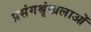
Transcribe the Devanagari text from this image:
प्रसंगश्रृंखलाओं